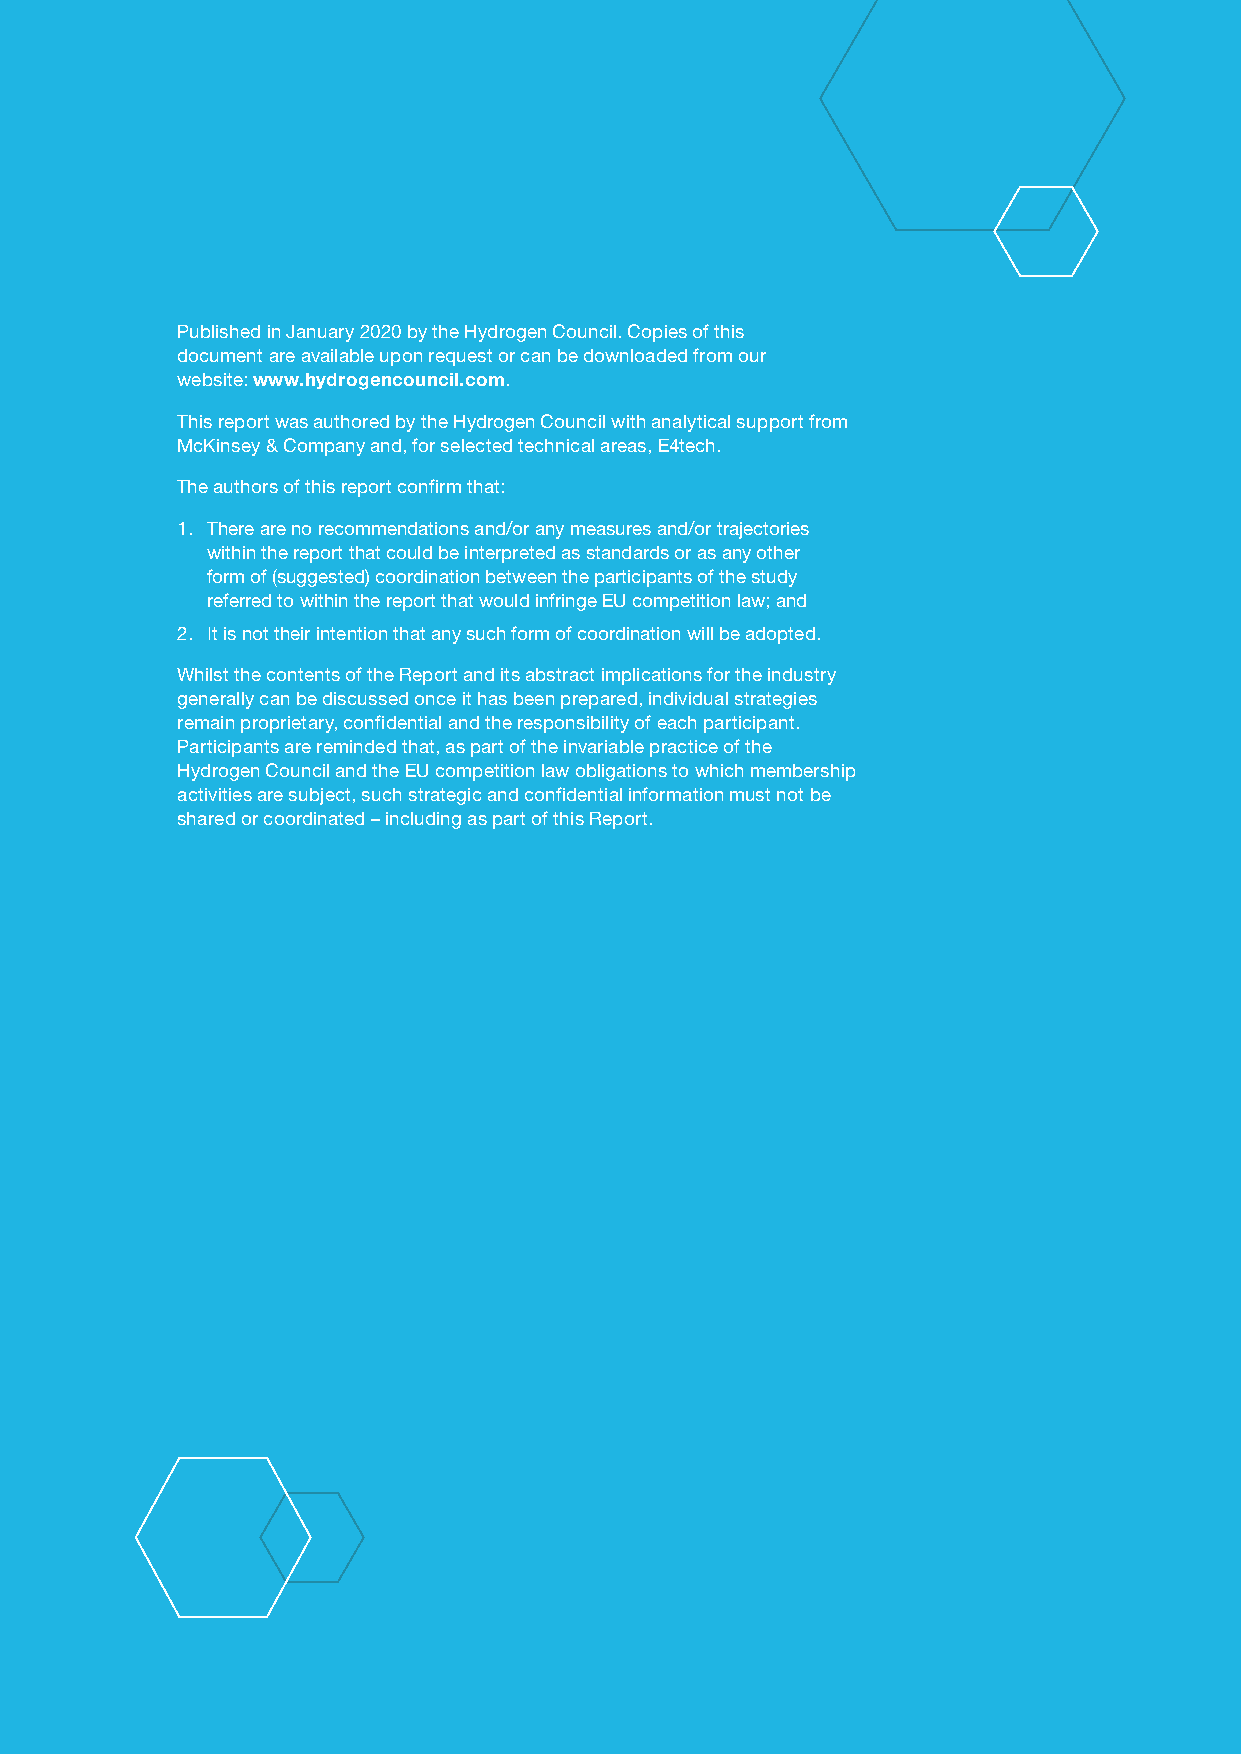
Published in January 2020 by the Hydrogen Council. Copies of this
 document are available upon request or can be downloaded from our
 website: www.hydrogencouncil.com.
 This report was authored by the Hydrogen Council with analytical support from
 McKinsey & Company and, for selected technical areas, E4tech.
 The authors of this report confirm that:
 1. There are no recommendations and/or any measures and/or trajectories
 within the report that could be interpreted as standards or as any other
 form of (suggested) coordination between the participants of the study
 referred to within the report that would infringe EU competition law; and
 2. It is not their intention that any such form of coordination will be adopted.
 Whilst the contents of the Report and its abstract implications for the industry
 generally can be discussed once it has been prepared, individual strategies
 remain proprietary, confidential and the responsibility of each participant.
 Participants are reminded that, as part of the invariable practice of the
 Hydrogen Council and the EU competition law obligations to which membership
 activities are subject, such strategic and confidential information must not be
 shared or coordinated – including as part of this Report.